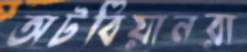
অটবিয়ানরা